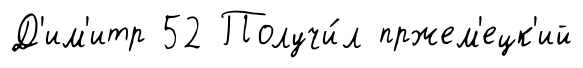
Д'им'итр 52 Получи́л пржем'ецк'ий